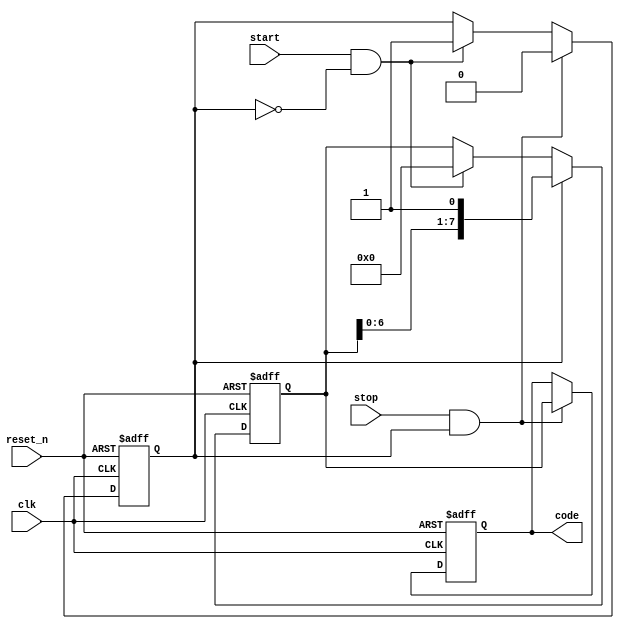
module TDC (
    input wire clk,          // Clock signal
    input wire reset_n,      // Active low reset signal
    input wire start,        // Start signal for measurement
    input wire stop,         // Stop signal for measurement
    output reg [N-1:0] code  // Output digital code representing the measured time interval
);
    parameter N = 8;  // Number of delay elements (resolution)
    
    // Delay line registers
    reg [N-1:0] delay_line;
    reg measuring;

    // Control Logic
    always @(posedge clk or negedge reset_n) begin
        if (!reset_n) begin
            // Reset state
            delay_line <= 0;
            code <= 0;
            measuring <= 0;
        end else begin
            if (start && !measuring) begin
                // Start measurement
                measuring <= 1;
                delay_line <= 0; // Clear delay line
            end
            if (measuring) begin
                // Shift the delay line
                delay_line <= {delay_line[N-2:0], 1'b1}; // Shift in new signal
            end
            if (stop && measuring) begin
                // Stop measurement
                measuring <= 0;
                code <= delay_line; // Capture the current state of the delay line
            end
        end
    end
endmodule